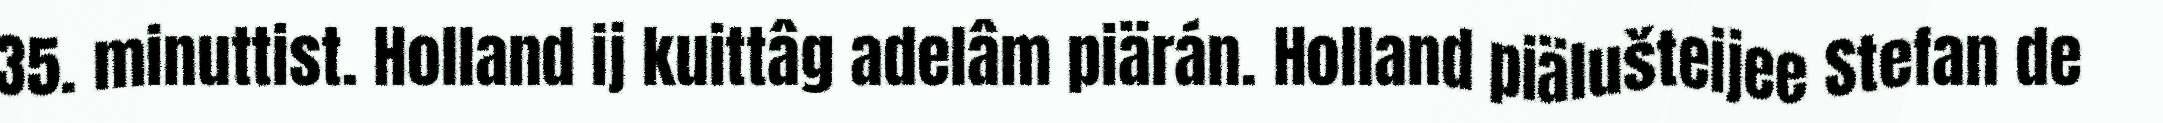
35. minuttist. Holland ij kuittâg adelâm piärán. Holland piälušteijee Stefan de